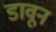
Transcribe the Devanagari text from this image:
डावून